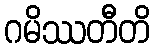
ဂမိဿတီတိ